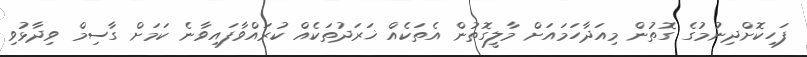
ފަހިކޮށްދިނުމުގެ ގޮތުން މިއަދާހަމައަށް މާލީގޮތުން އެތަކެއް ޚަރަދުތަކެއް ކުރައްވާފައިވާނެ ކަމަށް ގާސިމް ވިދާޅުވި